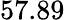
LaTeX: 57.89